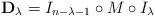
LaTeX: \begin{gather*}{\mathbf D}_\lambda = I_{n-\lambda-1}\circ M\circ I_\lambda\end{gather*}